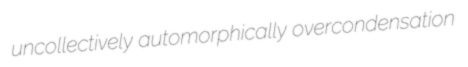
uncollectively automorphically overcondensation